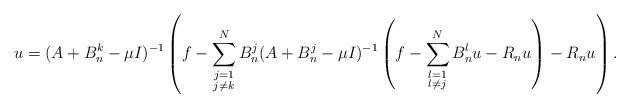
LaTeX: \begin{align*}u=(A+B^k_n-\mu I)^{-1}\left(f-\sum_{\substack{j=1\\j\neq k}}^NB^j_n (A+B^j_n-\mu I)^{-1}\left(f-\sum_{\substack{l=1\\l\neq j}}^NB^l_nu-R_nu\right)-R_nu\right).\end{align*}